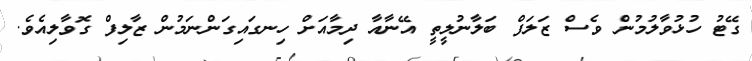
ގޭޓު ހުޅުވާލުމުން ވެސް ޒަލަފް ބަލާނުލީތީ އޭނާއާ ދިމާއަށް ހިނގައިގަންނަމުން ޒާލިފް ގޮވާލިއެވެ.